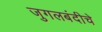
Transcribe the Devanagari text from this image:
जुगलबंदीचे